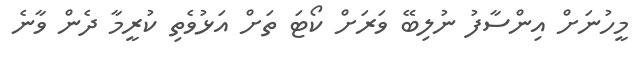
މީހުނަށް އިންސާފު ނުލިބޭ ވަރަށް ކޯޓަ ތަށް އަޅުވެތި ކުރީމާ ދެން ވާނެ